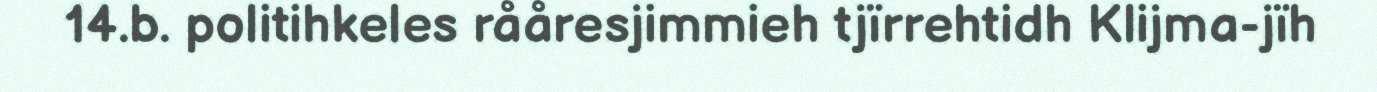
14.b. politihkeles rååresjimmieh tjïrrehtidh Klijma-jïh